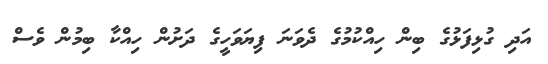
އަދި ގުޅިފަޅުގެ ބިން ހިއްކުމުގެ ދެވަނަ ފިޔަވަހީގެ ދަށުން ހިއްކާ ބިމުން ވެސް